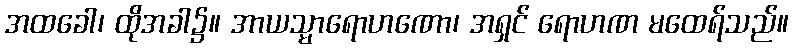
အထခေါ၊ ထိုအခါ၌။ အာယသ္မာရောဟဏော၊ အရှင် ရောဟဏ မထေရ်သည်။